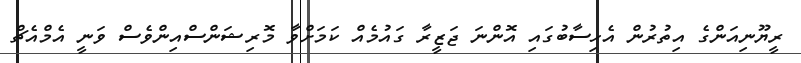
ރީޔޫނިއަންގެ އިތުރުން އެހިސާބުގައި އޮންނަ ޖަޒީރާ ގައުމެއް ކަމަށްވާ މޮރިޝަންސްއިންވެސް ވަނީ އެމްއެޗް